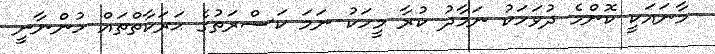
މާނައަކީ ކޮންމެ ދުވަހަކު ނަމާދު ކުރާ މީހަކު ނަމަ ކަސްރަތުގެ ޙަރަކާތްތައް ހުންނާނީ